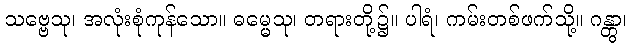
သဗ္ဗေသု၊ အလုံးစုံကုန်သော။ ဓမ္မေသု၊ တရားတို့၌။ ပါရံ၊ ကမ်းတစ်ဖက်သို့။ ဂန္တွာ၊